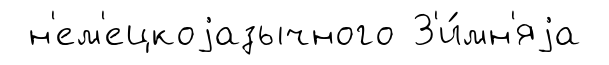
н'ем'ецкоjазычного З'и́мн'яjа